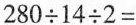
$$2 8 0 \div 1 4 \div 2 =$$